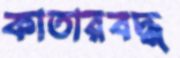
কাতারবদ্ধ